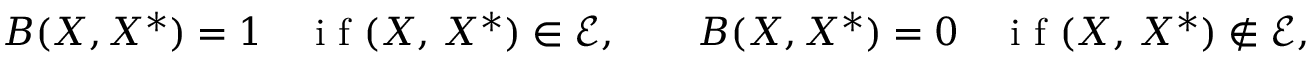
B ( X , X ^ { \ast } ) = 1 \quad \mathrm { ~ i ~ f ~ } ( X , \, X ^ { \ast } ) \in \mathcal { E } , \qquad B ( X , X ^ { \ast } ) = 0 \quad \mathrm { ~ i ~ f ~ } ( X , \, X ^ { \ast } ) \not \in \mathcal { E } ,